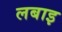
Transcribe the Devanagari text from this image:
लबाइ